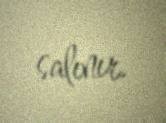
salınır.